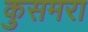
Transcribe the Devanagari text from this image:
कुसमरा